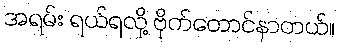
အရမ်း ရယ်ရလို့ ဗိုက်တောင်နာတယ်။